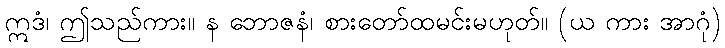
ဣဒံ၊ ဤသည်ကား။ န ဘောဇနံ၊ စားတော်ထမင်းမဟုတ်။ (ယ ကား အာဂုံ)